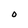
Character: O